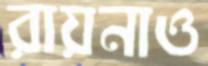
রায়নাও